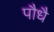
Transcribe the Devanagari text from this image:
पौधै